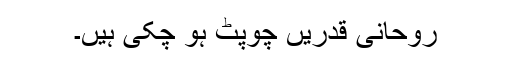
روحانی قدریں چوپٹ ہو چکی ہیں۔